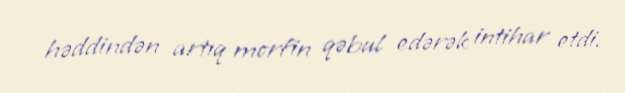
həddindən artıq morfin qəbul edərək intihar etdi.